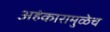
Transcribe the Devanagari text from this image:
अहंकारामुळेच